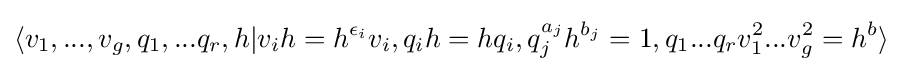
\langle v_{1},...,v_{g},q_{1},...q_{r},h|v_{i}h=h^{\epsilon _{i}}v_{i},q_{i}h=hq_{i},q_{j}^{a_{j}}h^{b_{j}}=1,q_{1}...q_{r}v_{1}^{2}...v_{g}^{2}=h^{b}\rangle